Destruction of fleas by exposure to the sun - Number 40
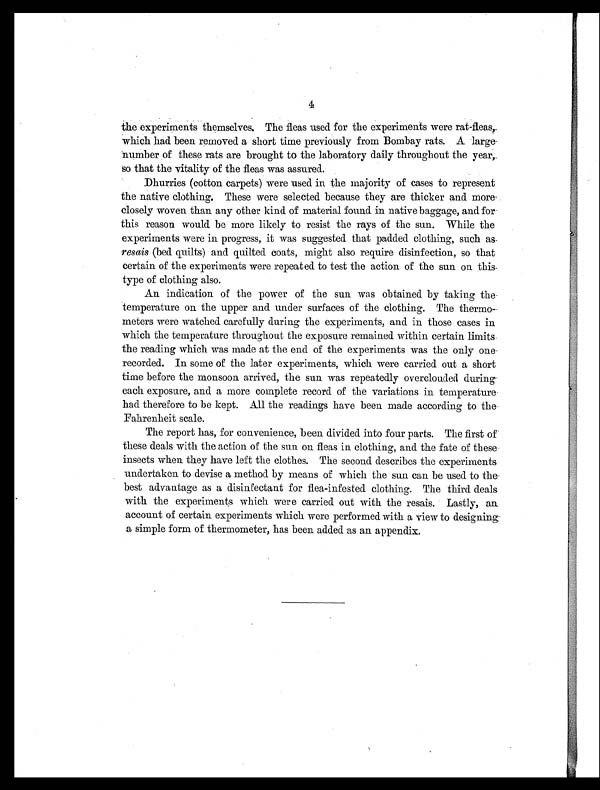
4
the experiments themselves. The fleas used for the experiments were rat-fleas,
which had been removed a short time previously from Bombay rats. A large
number of these rats are brought to the laboratory daily throughout the year,
so that the vitality of the fleas was assured.
Dhurries (cotton carpets) were used in the majority of cases to represent
the native clothing. These were selected because they are thicker and more
closely woven than any other kind of material found in native baggage, and for
this reason would be more likely to resist the rays of the sun. While the
experiments were in progress, it was suggested that padded clothing, such as
resais (bed quilts) and quilted coats, might also require disinfection, so that
certain of the experiments were repeated to test the action of the sun on this
type of clothing also.
An indication of the power of the sun was obtained by taking the
temperature on the upper and under surfaces of the clothing. The thermo-
meters were watched carefully during the experiments, and in those cases in
which the temperature throughout the exposure remained within certain limits
the reading which was made at the end of the experiments was the only one
recorded. In some of the later experiments, which were carried out a short
time before the monsoon arrived, the sun was repeatedly overclouded during
each exposure, and a more complete record of the variations in temperature
had therefore to be kept. All the readings have been made according to the
Fahrenheit scale.
The report has, for convenience, been divided into four parts. The first of
these deals with the action of the sun on fleas in clothing, and the fate of these
insects when they have left the clothes. The second describes the experiments
undertaken to devise a method by means of which the sun can be used to the
best advantage as a disinfectant for flea-infested clothing. The third deals
with the experiments which were carried out with the resais. Lastly, an
account of certain experiments which were performed with a view to designing
a simple form of thermometer, has been added as an appendix.